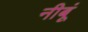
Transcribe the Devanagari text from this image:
नीबूं